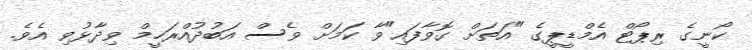
ކޯނީގެ ރިޕޯޓް އެމްޑީޕީގެ "އަތަށް ގޮވާފައި"ވާ ކަމަށް ވެސް އަބުދުއްރަހީމް ވިދާޅުވި އެވެ.